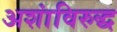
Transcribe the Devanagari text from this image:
अशांविरुद्ध